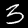
Digit: 3